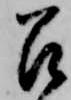
召